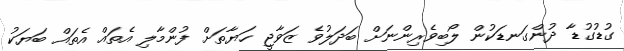
ގުޑުގުޑާ ދުންގަނޑަކުން ލޯބިވެރިންނަށް ބަދަލުވެ ޒަވާޖީ ހަޔާތަށް ފުންމާލި އެތައް އެތައް ބަޔަކު